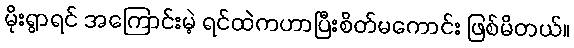
မိုးရွာရင် အကြောင်းမဲ့ ရင်ထဲကဟာပြီးစိတ်မကောင်း ဖြစ်မိတယ်။